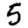
Digit: 5